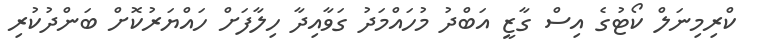
ކްރިމިނަލް ކޯޓުގެ އިސް ގާޒީ އަބްދު މުހައްމަދު ގަވާއިދާ ހިލާފަށް ހައްޔަރުކޮށް ބަންދުކުރި